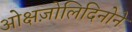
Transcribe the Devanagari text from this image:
ओक्षज़ोलिदिनोने